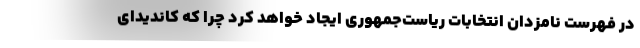
در فهرست نامزدان انتخابات ریاست‌جمهوری ایجاد خواهد کرد چرا که کاندیدای